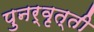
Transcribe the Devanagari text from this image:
पुनर्वृत्ती